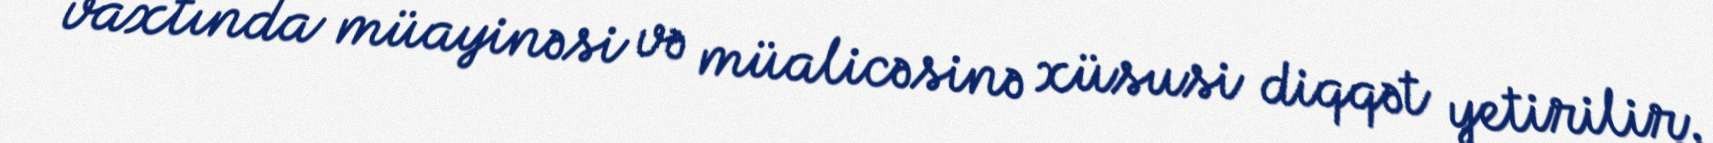
vaxtında müayinəsi və müalicəsinə xüsusi diqqət yetirilir.